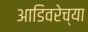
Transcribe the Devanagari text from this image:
आडिवरेच्या